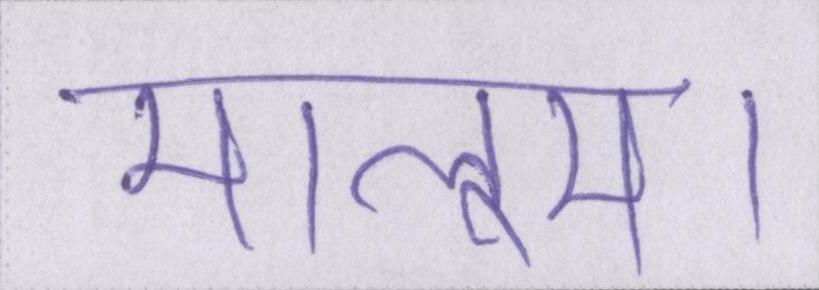
मालूम।